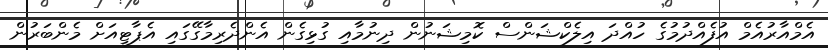
އެމްއާރުއެމް އުފެއްދުމުގެ ހުއްދަ އިލެކްޝަންސް ކޮމިޝަނުން ދިނުމާއި ގުޅިގެން އެންދެރިމާގޭގައި އެޕާޓީއަށް މެންބަރުން